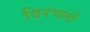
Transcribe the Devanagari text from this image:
विरचनों